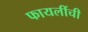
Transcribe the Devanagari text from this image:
फायलींची